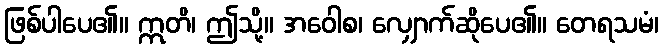
ဖြစ်ပါပေ၏။ ဣတိ၊ ဤသို့။ အဝေါစ၊ လျှောက်ဆိုပေ၏။ တေရသမံ၊